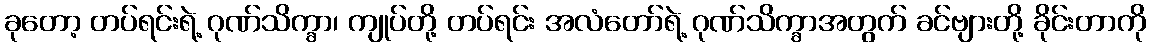
ခုတော့ တပ်ရင်းရဲ့ ဂုဏ်သိက္ခာ၊ ကျုပ်တို့ တပ်ရင်း အလံတော်ရဲ့ ဂုဏ်သိက္ခာအတွက် ခင်ဗျားတို့ ခိုင်းတာကို